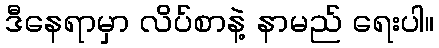
ဒီနေရာမှာ လိပ်စာနဲ့ နာမည် ရေးပါ။